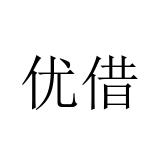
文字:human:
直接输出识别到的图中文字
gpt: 优借